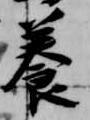
養